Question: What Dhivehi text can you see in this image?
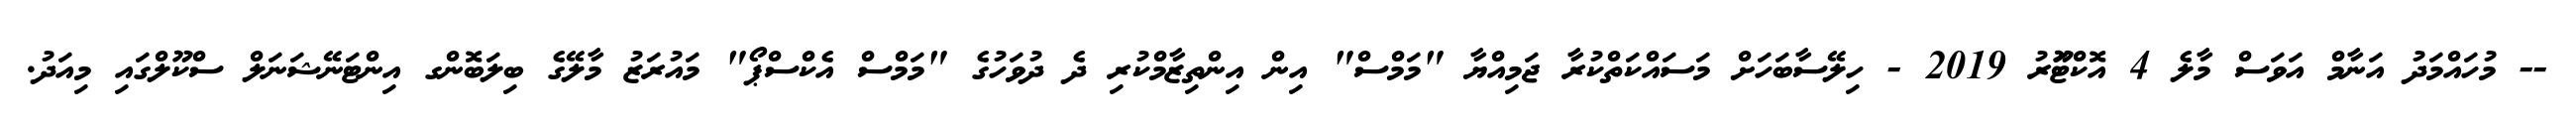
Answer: -- މުހައްމަދު އަނާމް އަވަސް މާލެ 4 އޮކްޓޫަރު 2019 - ހިލޭސާބަހަށް މަސައްކަތްކުރާ ޖަމިއްޔާ "މަމްސް" އިން އިންތިޒާމްކުރި ދެ ދުވަހުގެ "މަމްސް އެކްސްޕޯ" މައުރަޒު މާލޭގެ ބިލަބޮންގ އިންޓަނޭޝަނަލް ސްކޫލްގައި މިއަދު.